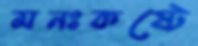
মনঃকষ্টে